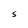
Character: S